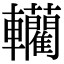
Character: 轥